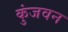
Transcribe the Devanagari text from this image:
कुंजवन